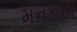
મનડાની